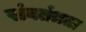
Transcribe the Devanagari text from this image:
संवतंत्रता